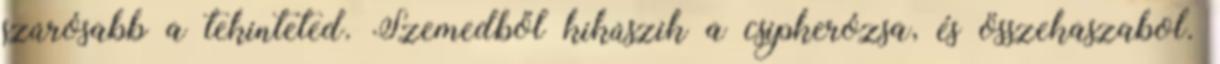
szúrósabb a tekinteted. Szemedből kikúszik a csipkerózsa, és összekaszabol.